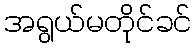
အရွယ်မတိုင်ခင်